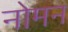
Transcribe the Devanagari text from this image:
नोमन